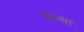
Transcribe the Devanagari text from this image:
चेल्सा